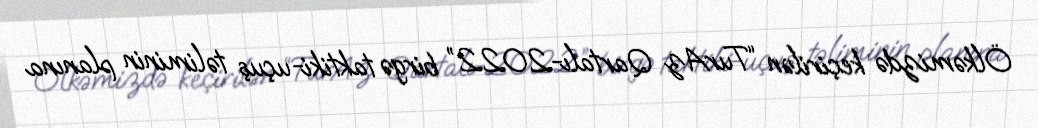
Ölkəmizdə keçirilən “TurAz Qartalı-2022” birgə taktiki-uçuş təliminin planına